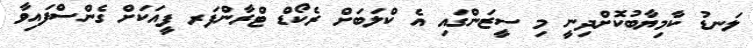
ލަނޑު ކާމިޔާބުކޮށްދިނީ މި ސީޒަންގައި އެ ކްލަބަށް ރެކޯޑް ޓްރާންފަރ ފީއަކަށް ގެންސްފައިވާ